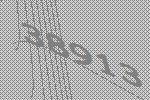
38913